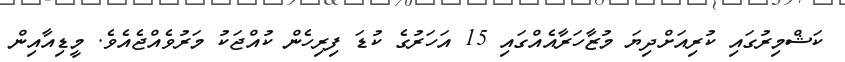
ކަޝްމިރުގައި ކުރިއަށްދިޔަ މުޒާހަރާއެއްގައި 15 އަހަރުގެ ކުޑަ ފިރިހެން ކުއްޖަކު މަރުވެއްޖެއެވެ. މީޑިއާއިން